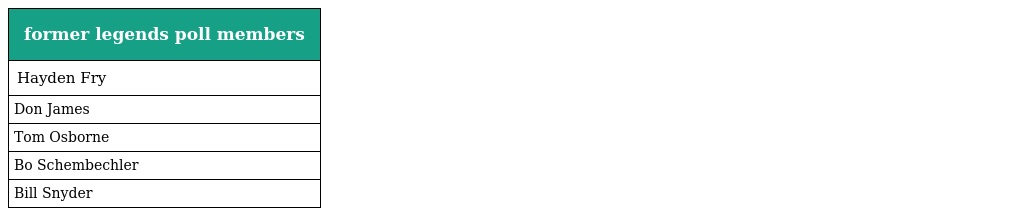
| former legends poll members |
 | --- |
 | Hayden Fry |
 | Don James |
 | Tom Osborne |
 | Bo Schembechler |
 | Bill Snyder |